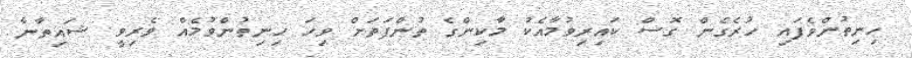
ހިނިތުންވެފައި ހުރެގެން ގޮސް ކައިރިވުމާއެކު މާކިންގެ ތުންފަތަށް ވިހަ ހިނިތުންވުމެއް ވެރިވީ ޝައިތާނާ